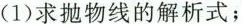
(1)求抛物线的解析式；